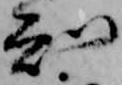
知